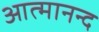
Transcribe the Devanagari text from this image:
आत्‍मानन्द